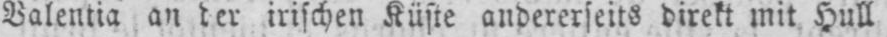
irischen Küste andererseits direkt mit Hull